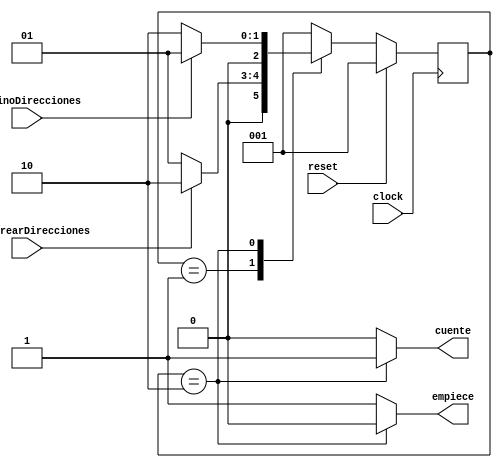
`timescale 1ns / 1ps
//////////////////////////////////////////////////////////////////////////////////
// Company: 
// Engineer: 
// 
// Design Name: 
// Module Name:    MaquinaEstadosDibujarNotas 
// Project Name: 
// Target Devices: 
// Tool versions: 
// Description: 
//
// Dependencies: 
//
// Revision: 
// Revision 0.01 - File Created
// Additional Comments: 
//
//////////////////////////////////////////////////////////////////////////////////
module MaquinaEstadosDibujarNotas(
    input wire botonCrearDirecciones,
	 input wire terminoDirecciones,
	 input wire clock,
	 input wire reset,
	 output reg empiece,
	 output reg cuente
	 );

//Others
reg [2:0] state = 1;


parameter noCrearDirecciones = 1;
parameter crearDirecciones = 2;

always @(posedge clock )
     begin
		if (reset)
			state <= noCrearDirecciones;
      else
         case (state)
				noCrearDirecciones:
					if(botonCrearDirecciones)
						begin
							state<=crearDirecciones;
						end
					else
						begin
							state<=noCrearDirecciones;
						end
				crearDirecciones:
					if(terminoDirecciones)
						begin
							state<=noCrearDirecciones;
						end
					else
						begin
							state<=crearDirecciones;
						end
				default:
					state <= noCrearDirecciones;
			endcase
		end
	
always @(state)
	begin
		case (state)
			noCrearDirecciones:
				begin
					empiece = 1;
					cuente = 0;
				end
			crearDirecciones:
				begin
					empiece = 0;
					cuente = 1;
				end
			default:
				begin
					empiece = 1;
					cuente = 0;
				end
		endcase
	end
	
endmodule